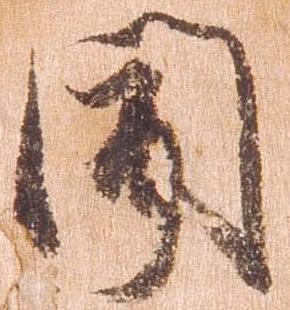
聞